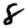
Digit: 8